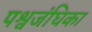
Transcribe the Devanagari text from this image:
पश्वजंघिका